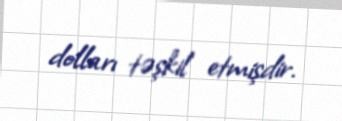
dolları təşkil etmişdir.